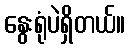
နွေးရုံပဲရှိတယ်။